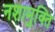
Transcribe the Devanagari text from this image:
नशामुक्ति